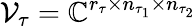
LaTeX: \mathcal{V}_{\tau}=\mathbb{C}^{r_{\tau}\times n_{\tau_{1}}\times n_{\tau_{2}}}